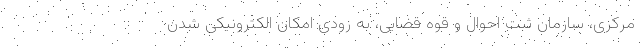
مرکزی، سازمان ثبت احوال و قوه قضایی، به زودی امکان الکترونیکی شدن